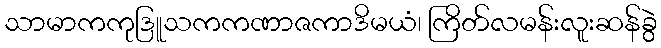
သာမာကကုဒြူသကကဏာဇကာဒိမယံ၊ ကြိတ်လမန်းလူးဆန်ခွဲ